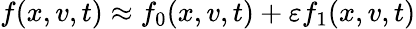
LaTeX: f(x,v,t)\approx f_{0}(x,v,t)+\varepsilon f_{1}(x,v,t)